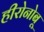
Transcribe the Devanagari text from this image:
हीरोनोबू